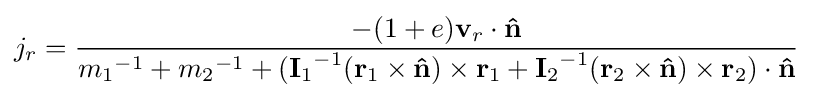
j_{r}={\frac {-(1+e)\mathbf {v} _{r}\cdot \mathbf {\hat {n}} }{{m_{1}}^{-1}+{m_{2}}^{-1}+({\mathbf {I} _{1}}^{-1}(\mathbf {r} _{1}\times \mathbf {\hat {n}} )\times \mathbf {r} _{1}+{\mathbf {I} _{2}}^{-1}(\mathbf {r} _{2}\times \mathbf {\hat {n}} )\times \mathbf {r} _{2})\cdot \mathbf {\hat {n}} }}